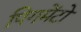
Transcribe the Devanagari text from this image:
पिगमेंटो